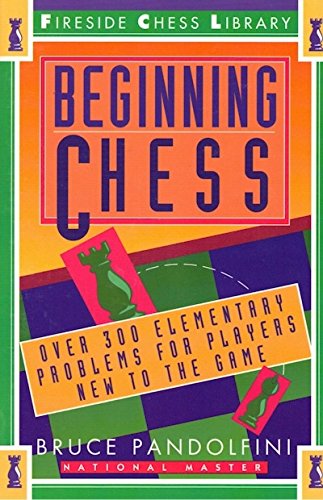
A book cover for Beginning Chess: Over 300 Elementary Problems for Players New to the Game; Bruce Pandolfini; Humor & Entertainment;